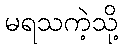
မရသကဲ့သို့